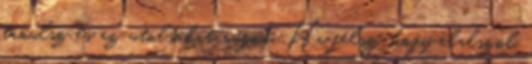
tanulsz és az utolsókat rúgod. Ha félsz, hogy elalszol